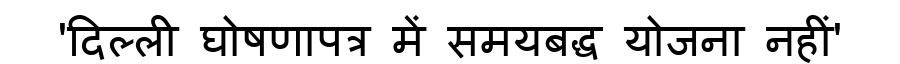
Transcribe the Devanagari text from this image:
'दिल्ली घोषणापत्र में समयबद्ध योजना नहीं'